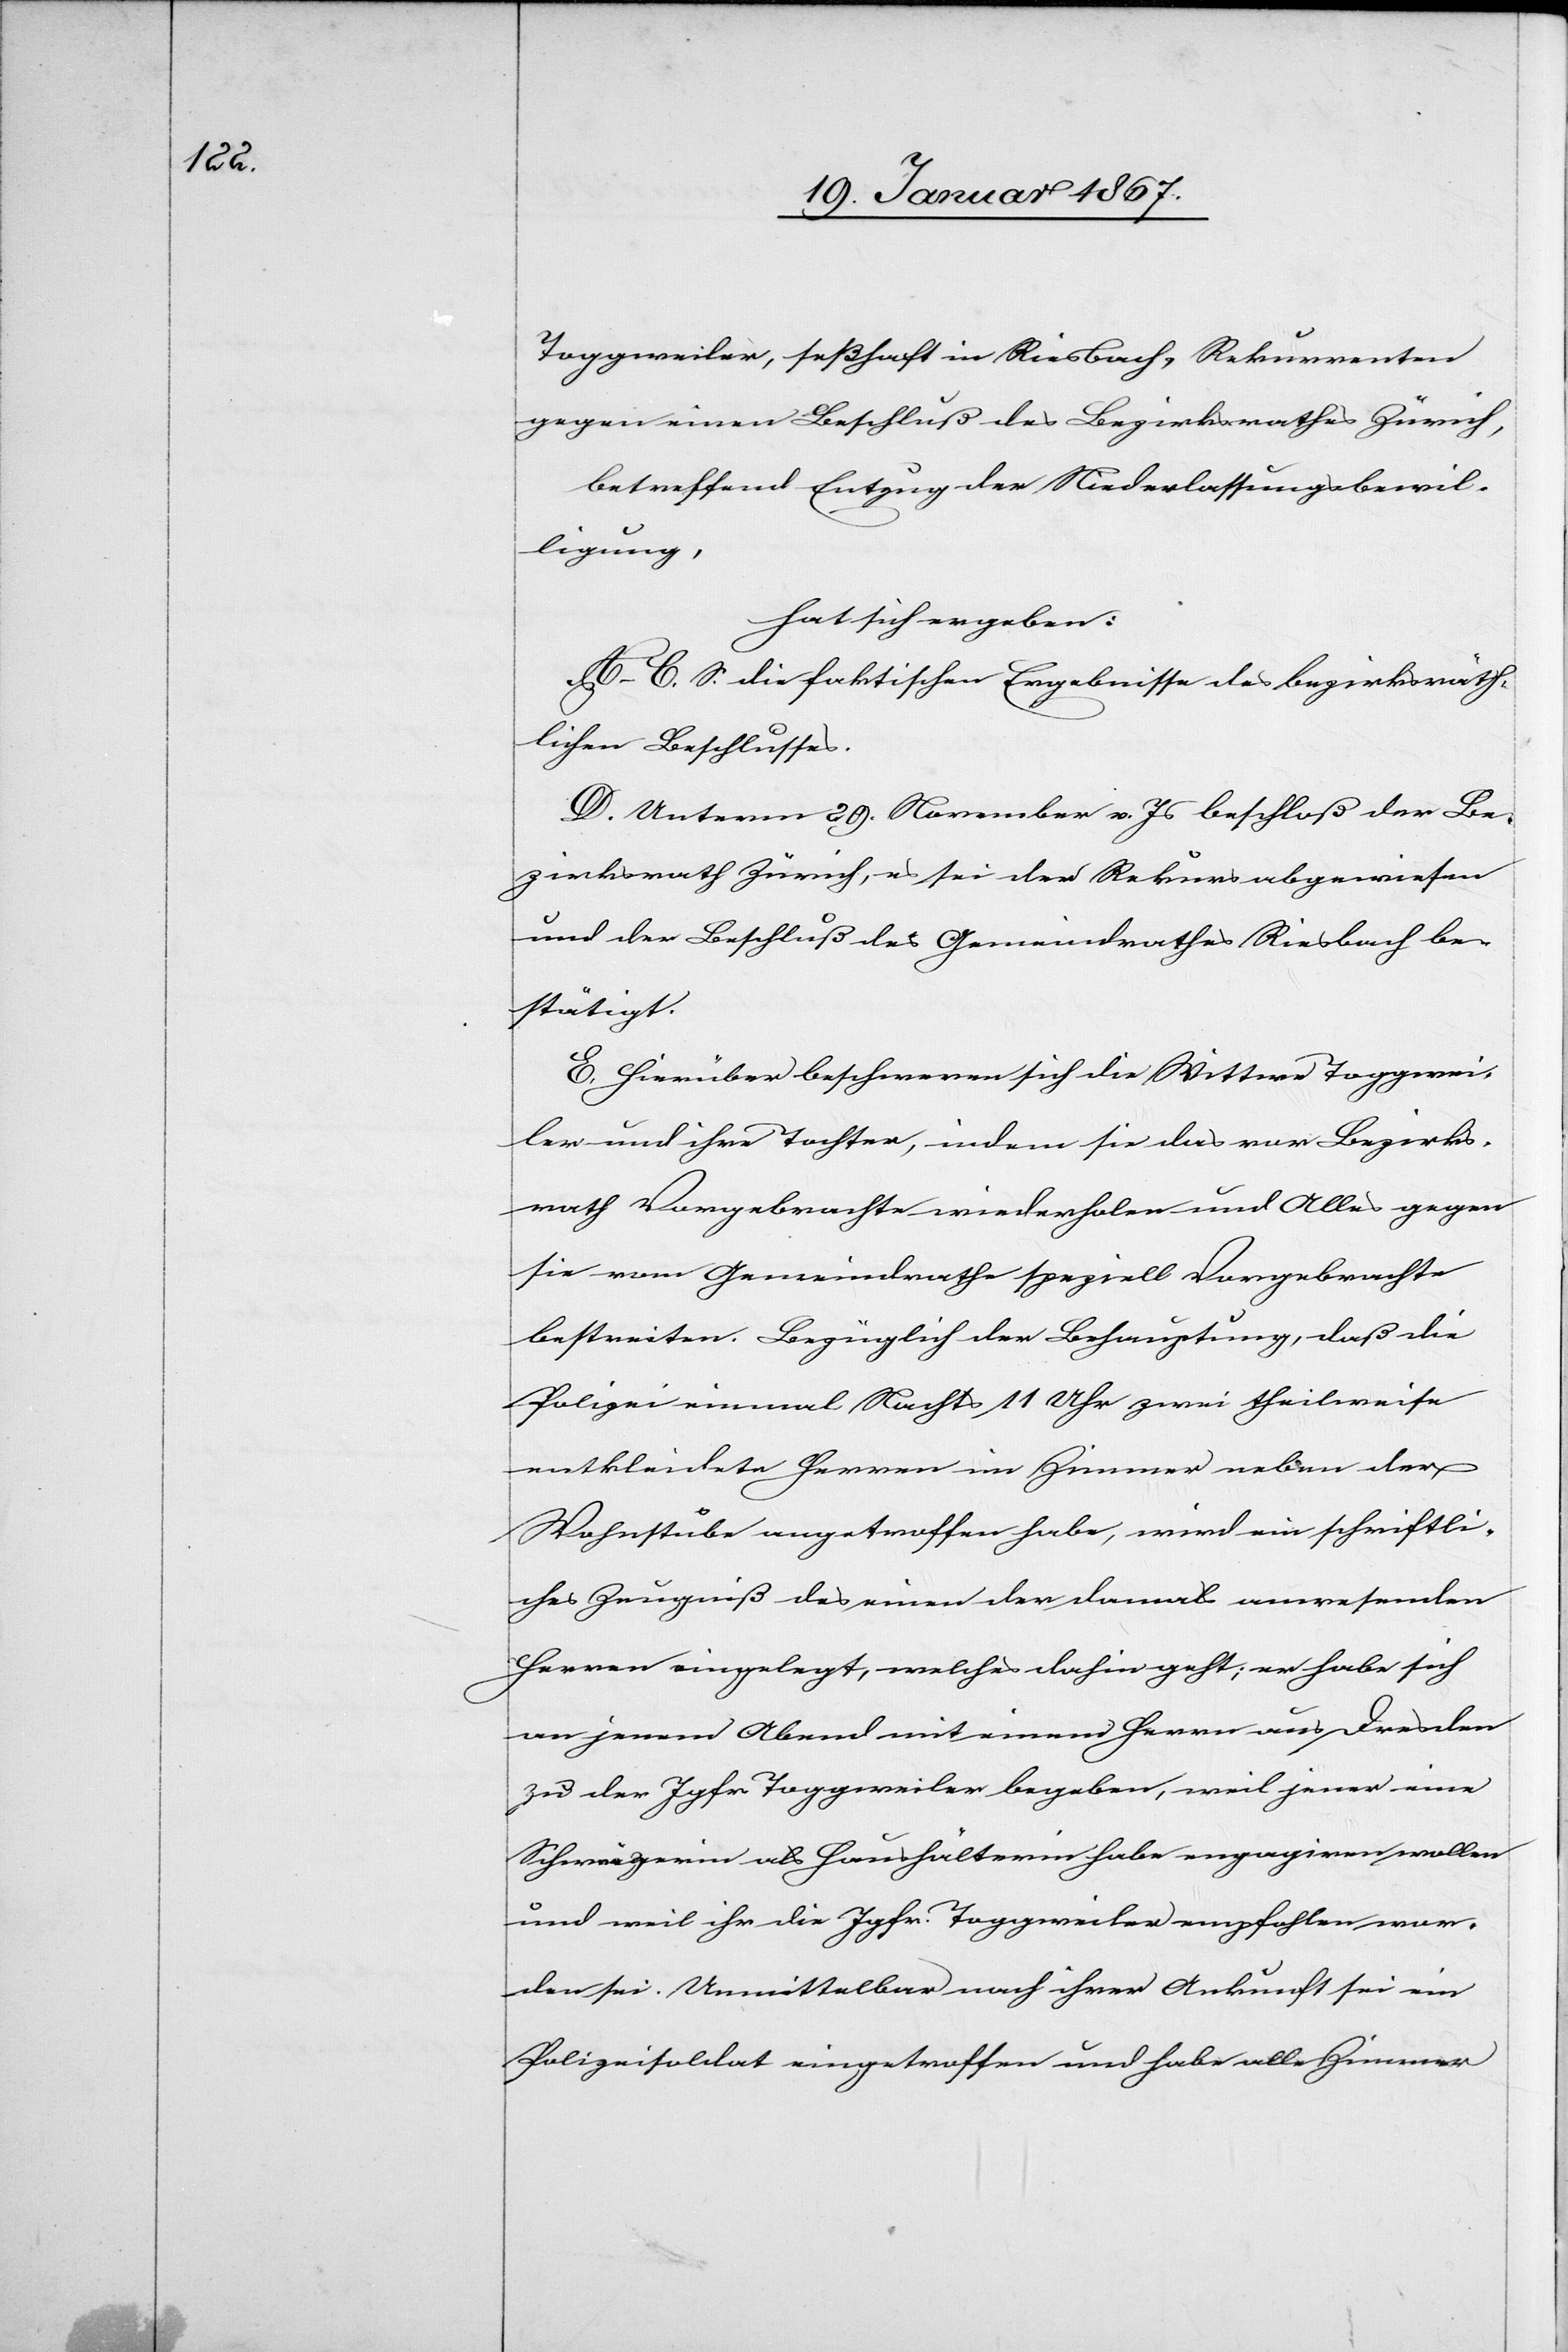
Toggweiler, seßhaft in Riesbach, Rekurrenten
gegen einen Beschluß des Bezirksrathes Zürich,
betreffend Entzug der Niederlassungsbewil¬
ligung,
hat sich ergeben:
A–C. S. die faktischen Ergebnisse des bezirksräth¬
lichen Beschlusses.
D. Unterm 29. November v. Js beschloß der Be¬
zirksrath Zürich, es sei der Rekurs abgewiesen
und der Beschluß des Gemeindrathes Riesbach be¬
stätigt.
E. Hierüber beschweren sich die Wittwe Toggwei¬
ler und ihre Tochter, indem sie das vor Bezirks¬
rath Vorgebrachte wiederholen und Alles gegen
sie vom Gemeindrathe speziell Vorgebrachte
bestreiten. Bezüglich der Behauptung, daß die
Polizei einmal Nachts 11 Uhr zwei theilweise
entkleidete Herren im Zimmer neben der
Wohnstube angetroffen habe, wird ein schriftli¬
ches Zeugniß des einen der damals anwesenden
Herren eingelegt, welches dahin geht; er habe sich
an jenem Abend mit einem Herrn aus Dresden
zu der Jgfr. Toggweiler begeben, weil jener eine
Schweizerin als Haushälterin habe engagiren wollen
und weil ihr [sic!] die Jgfr. Toggweiler empfohlen wor¬
den sei. Unmittelbar nach ihrer Ankunft sei ein
Polizeisoldat eingetroffen und habe alle Zimmer